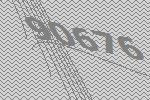
90676